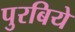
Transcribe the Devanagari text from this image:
पुरबिये